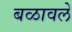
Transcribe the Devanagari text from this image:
बळावले